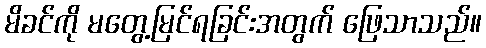
မိခင်ကို မတွေ့မြင်ရခြင်းအတွက် ဖြေသာသည်။